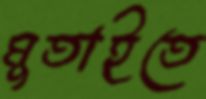
মুতাইতে